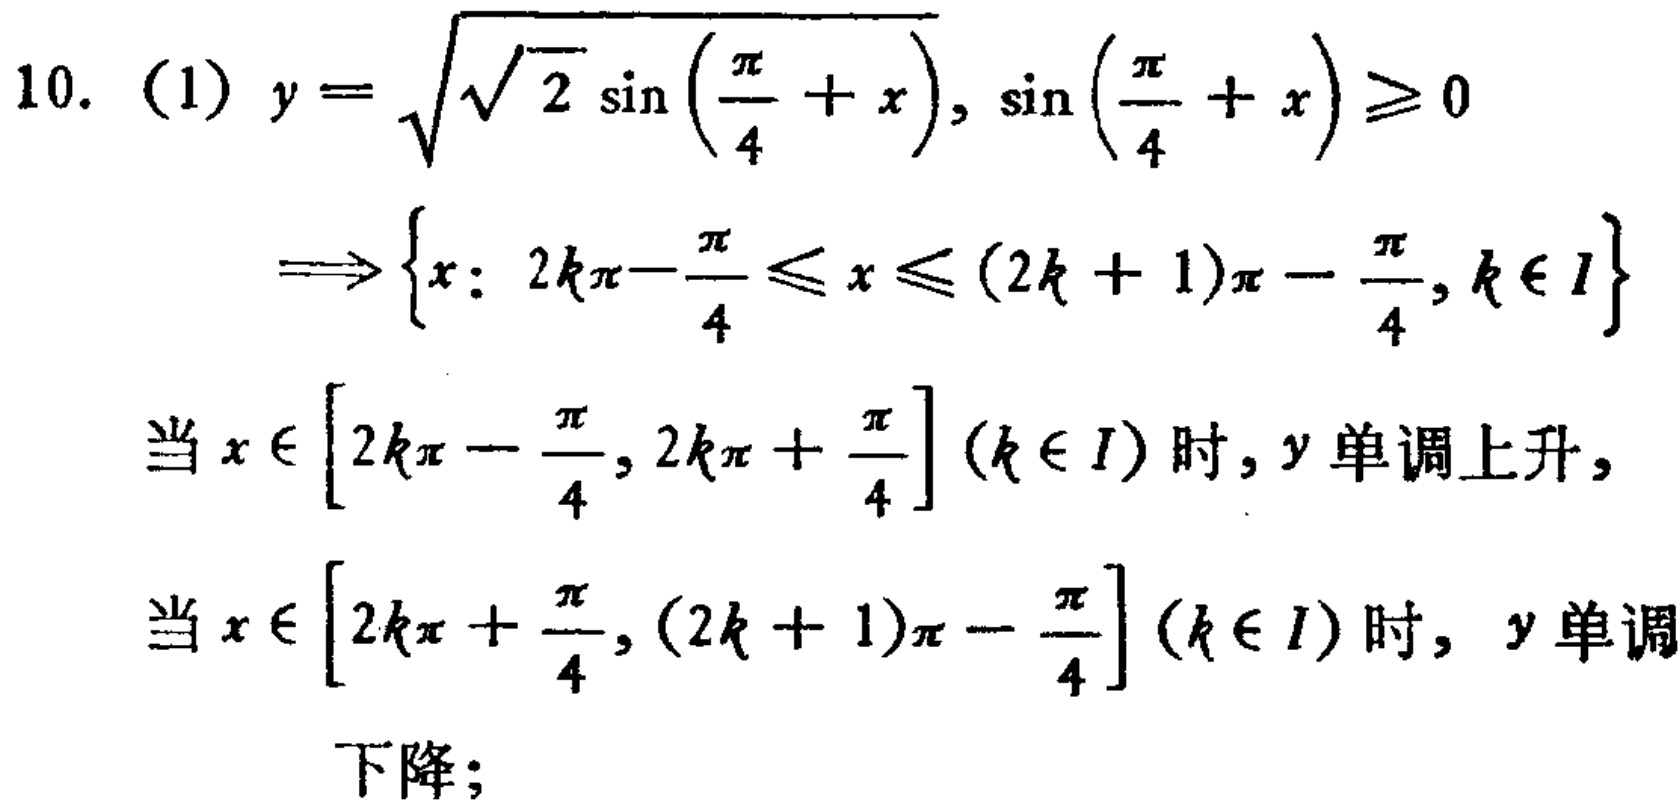
10. (1) \(y = \sqrt{\sqrt{2} \sin \left(\frac{\pi}{4} + x\right)}, \sin \left(\frac{\pi}{4} + x\right) \geq 0\)

\(\Longrightarrow \left\{x: 2k\pi - \frac{\pi}{4} \leq x \leq (2k + 1)\pi - \frac{\pi}{4}, k \in I\right\}\)

当 \(x \in \left[2k\pi - \frac{\pi}{4}, 2k\pi + \frac{\pi}{4}\right] (k \in I)\) 时，\(y\) 单调上升，

当 \(x \in \left[2k\pi + \frac{\pi}{4}, (2k + 1)\pi - \frac{\pi}{4}\right] (k \in I)\) 时， \(y\) 单调下降；